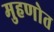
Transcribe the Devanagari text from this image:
मुहणोत